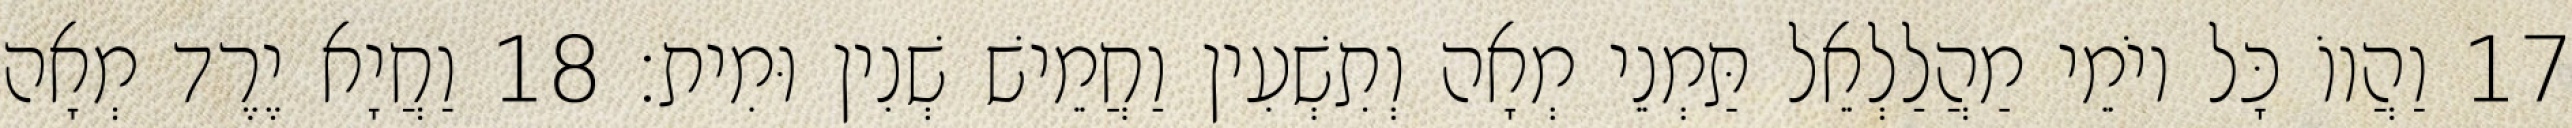
17 וַהֲווֹ כָּל יוֹמֵי מַהֲלַלְאֵל תַּמְנֵי מְאָה וְתִשְׁעִין וַחֲמֵישׁ שְׁנִין וּמִית׃ 18 וַחֲיָא יֶרֶד מְאָה